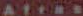
Atras